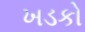
ખડકો